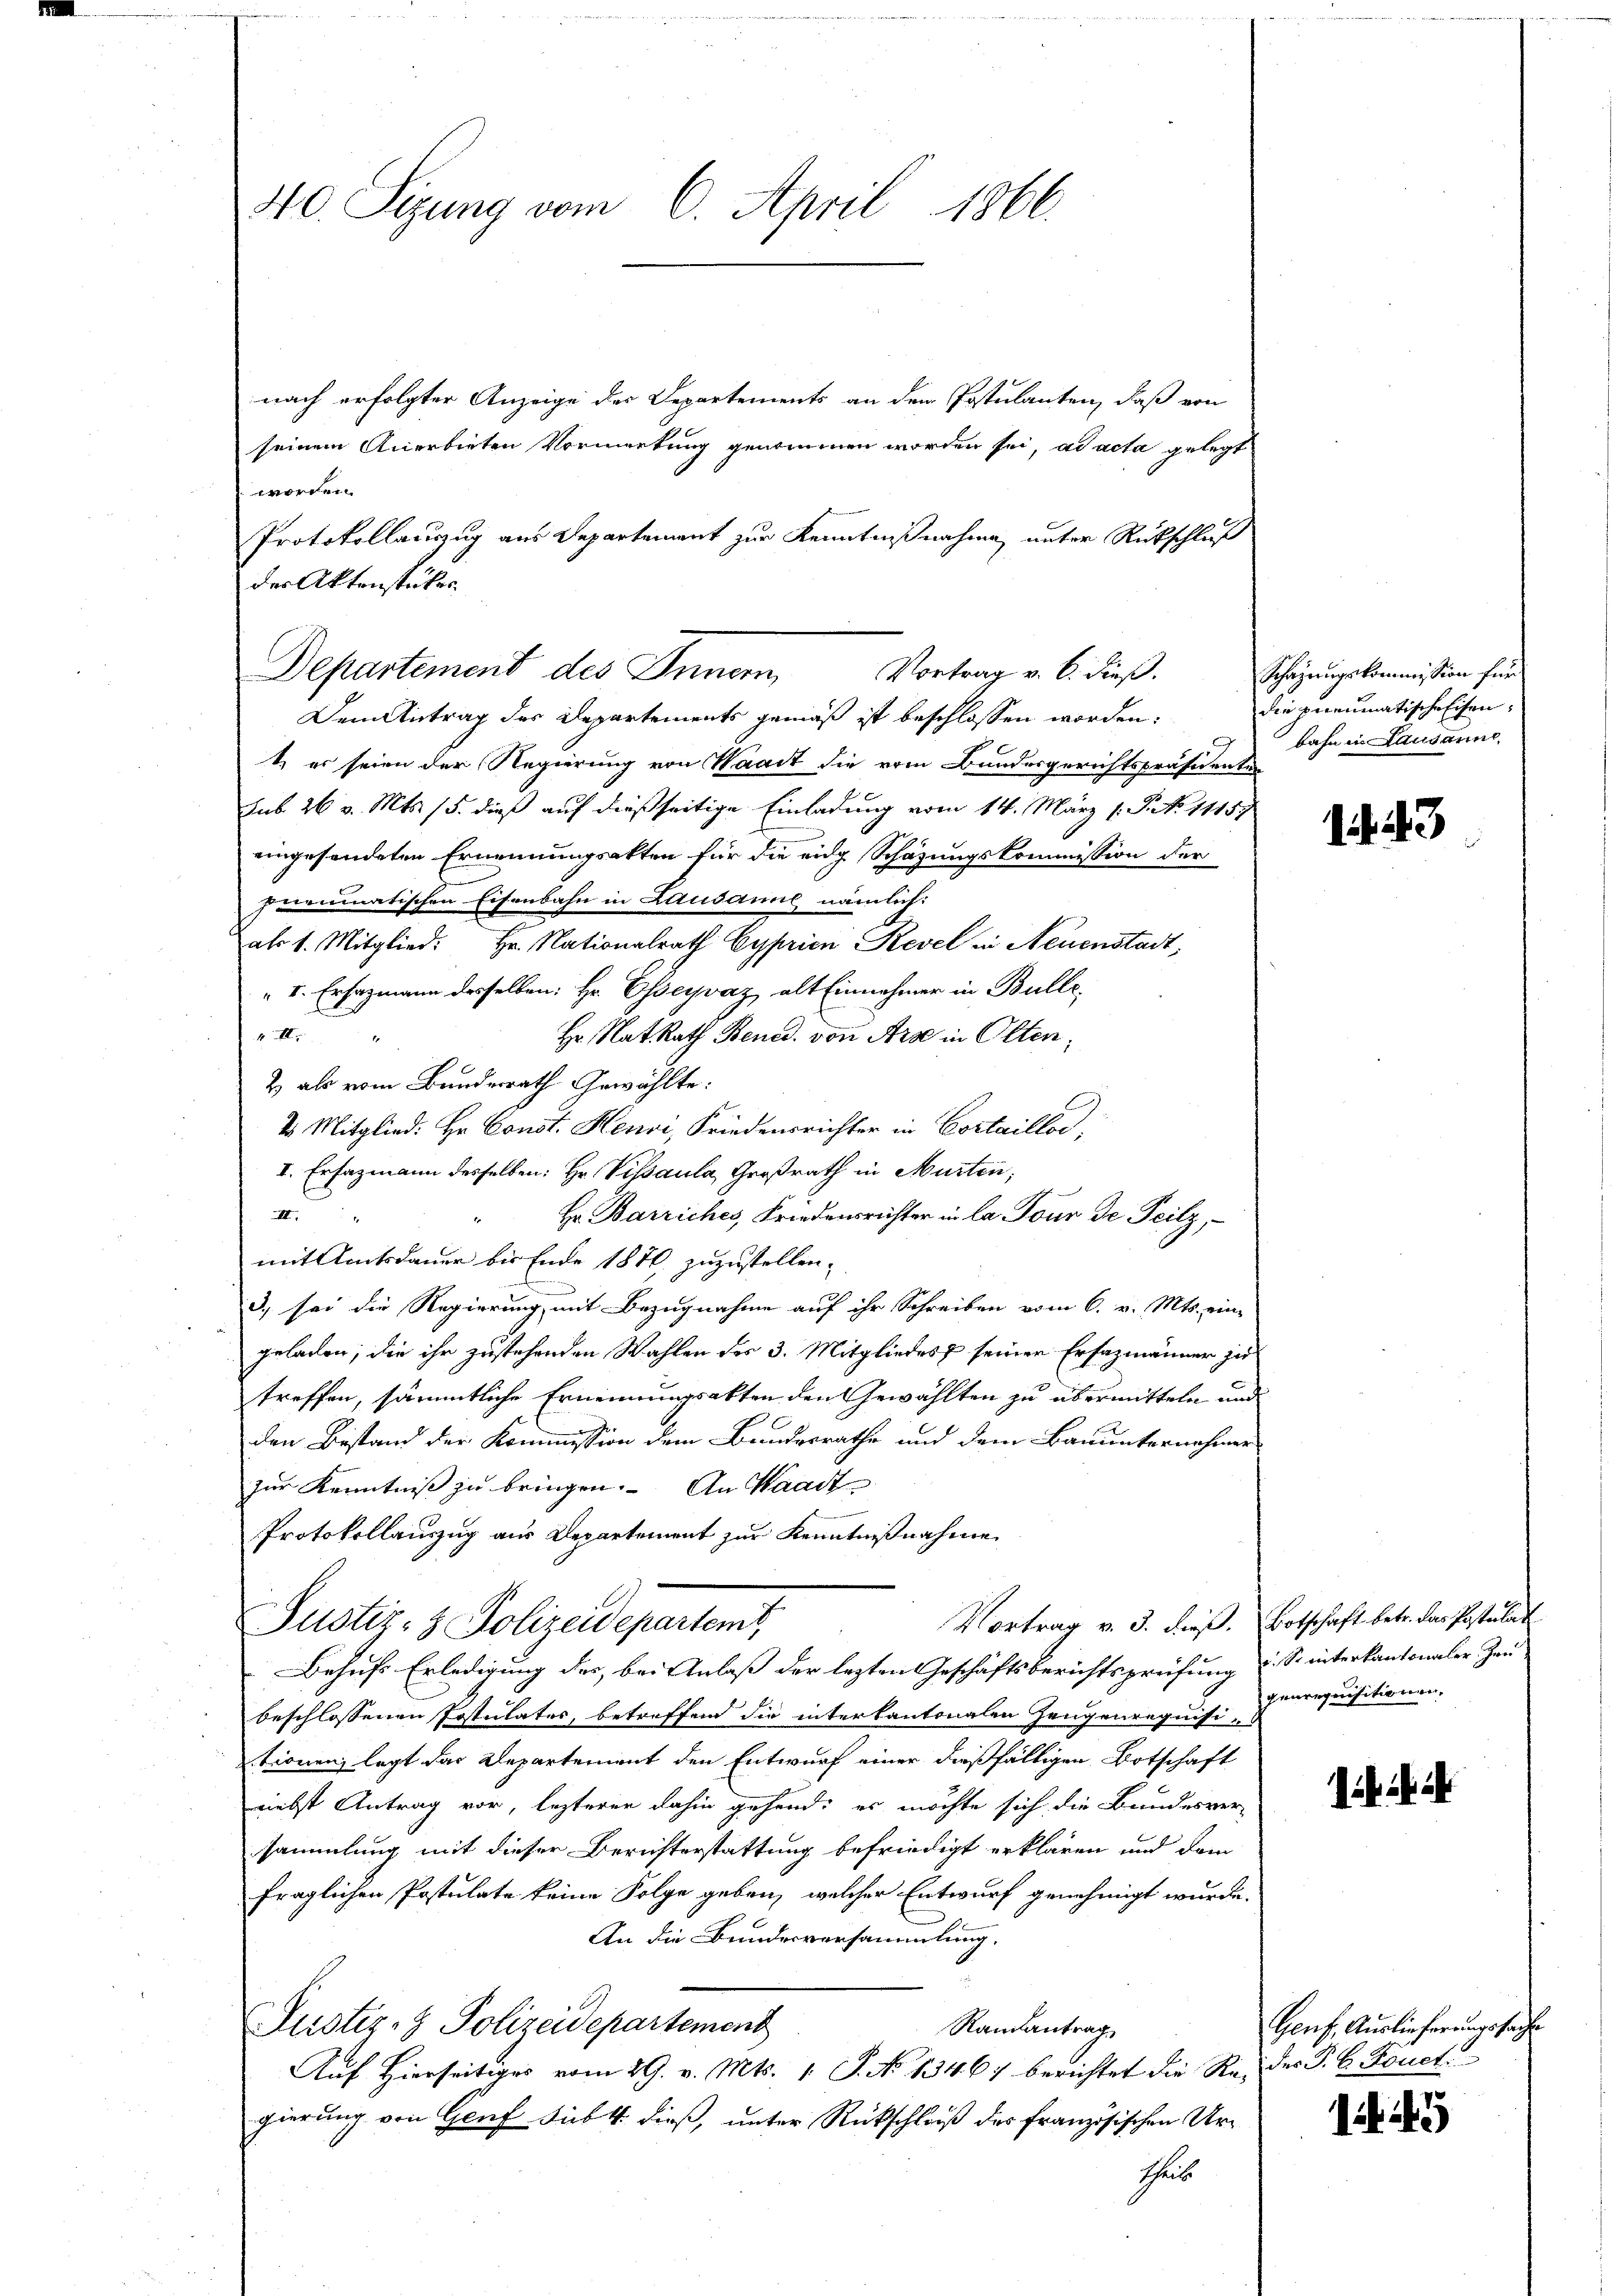
40. Sitzung vom 6. April 1866.

nach erfolgter Anzeige der Departements an den Postulanten, daß von
seinem Anerbieten Vormerkung genommen worden sei, ad acta gelegt
worden.
Protokollauszug aus Departement zur Kenntnißnahme, unter Rückschluß
der Aktenstücker.
Dem Antrag des Departements gemäß ist beschlossen worden:
1. es seien der Regierung von Waadt die vom Bundesgerichtspräsidenten
sub. 26 v. Mts. 15. dieß auf dießseitige Einladung vom 14. März (S. No 11157
eingesendeten Ernennungsakten für die eidg. Schätzungskommission der
pneumatischen Eisenbahn in Lausanne nämlich:
als 1. Mitglied. Hr. Nationalrath Cyprien Revel in Neuenstadt,
" I. Ersazmann desselben: Hr. Esseyvaz, alt Einnehmer in Bulle,
4 II
Hr. Rat. Rath Bened. von Arx in Olten,
2) als vom Bundesrath Gewählte:
2. Mitglied: Hr. Const. Henvi, Friedensrichter in Cortaillos,
I. Erfazmann desselben: Hr. Visaula, Großrath in Murten,
III.
Hr. Barriches, Friedensrichter in la Tour de Teilz,
mit Amtsdauer bis Ende 1870 zuzustellen.
3) sei die Regierung mit Bezugnahme auf ihr Schreiben vom 6. v. Mts. eine
geladen, die ihr zustehenden Wahlen des 3. Mitgliedes seiner Ersazmänner zu
treffen, sämmtliche Ernennungsakten den Gewählten zu übermitteln und
den Bestand der Kommission dem Bundesrathe und dem Bauunternehmer
zur Kenntniß zu bringen. An Waadt
Protokollauszug aus Departement zur Kenntnißnahme
Vortrag v. 3. dieß. Botschaft betr. das Postulat
Justiz- & Polizeidepartent
Behufs Erledigung des, bei Anlaß der lezten Geschäftsberichtsprüfung u. S. interkantonaler Zeu
beschlossenen Postulates, betreffend die interkantonalen Zeugenrequisi-
tronenz legt das Departement den Entwurf einer dießfälligen Botschaft
riebst Antrag vor, lezterer dahin gehend, es möchte sich die Bundesver-
sammlung mit dieser Berichterstattung befriedigt erklären und dem
fraglichen Postulate keine Folge geben, welcher Entwurf genehmigt wurde.
An die Bundesversammlung.
Justiz- & Polizeidepartement
Ramantrag
Auf Hierseitiges vom 29. v. Mts. 1. S. No 1346) berichtet die Redes P. C. Fonct
gierung von Genf sub 4 dieß, unter Rückschloß des französischen Urthus

Departement des Innom Vortrag v. 6. dieß.

Schazungskommission für
die preumatische Eisen,
bahn in Lausanne

. 23

generquisitionen,

Genf, Auslieferungssache

125